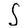
Character: S